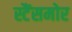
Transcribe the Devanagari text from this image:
स्टैंसमोर